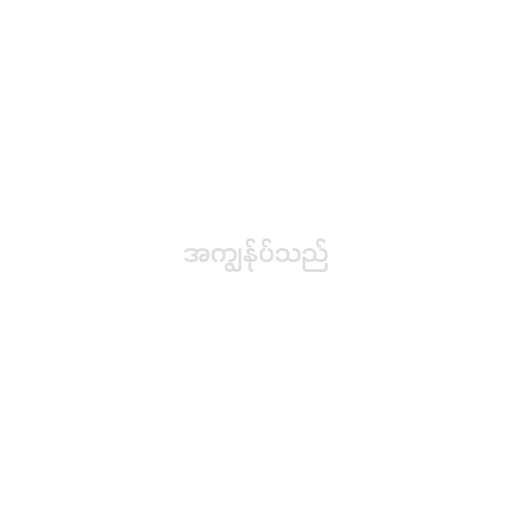
အကျွန်ုပ်သည်